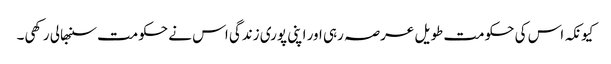
کیونکہ اس کی حکومت طویل عرصہ رہی اور اپنی پوری زندگی اس نے حکومت سنبھالی رکھی۔